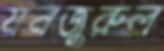
মনজুরুল